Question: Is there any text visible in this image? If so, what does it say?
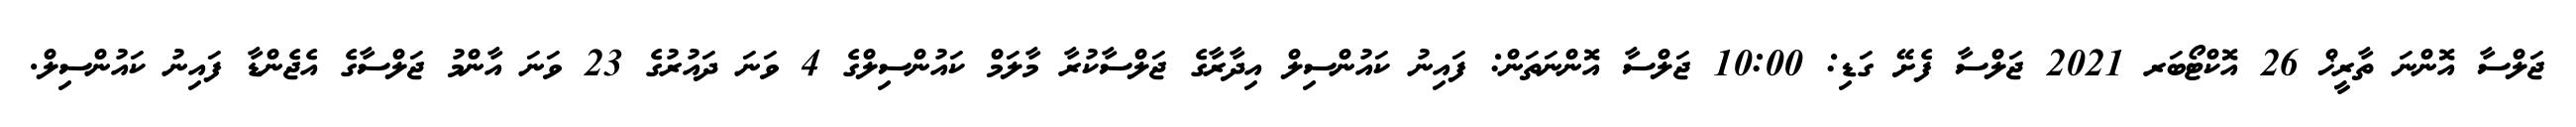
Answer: ޖަލްސާ އޮންނަ ތާރީޚް 26 އޮކްޓޯބަރ 2021 ޖަލްސާ ފެށޭ ގަޑި: 10:00 ޖަލްސާ އޮންނަތަން: ފައިނު ކައުންސިލް އިދާރާގެ ޖަލްސާކުރާ މާލަމް ކައުންސިލްގެ 4 ވަނަ ދައުރުގެ 23 ވަނަ އާންމު ޖަލްސާގެ އެޖެންޑާ ފައިނު ކައުންސިލް.